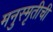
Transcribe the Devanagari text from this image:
मनुस्मृतीची